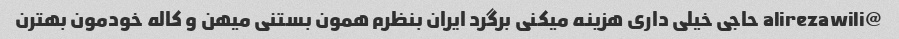
@alirezawili حاجی خیلی داری هزینه میکنی برگرد ایران بنظرم همون بستنی میهن و کاله خودمون بهترن